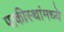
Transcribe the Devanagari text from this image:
पाकीस्थांमध्ये